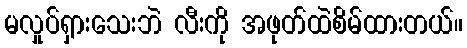
မလှုပ်ရှားသေးဘဲ လီးကို အဖုတ်ထဲစိမ်ထားတယ်။